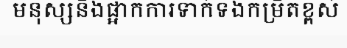
មនុស្សនិងផ្អាកការទាក់ទងកម្រិតខ្ពស់